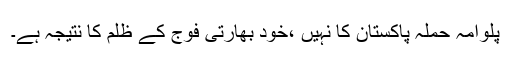
پلوامہ حملہ پاکستان کا نہیں ،خود بھارتی فوج کے ظلم کا نتیجہ ہے۔